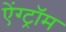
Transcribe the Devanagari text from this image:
ऐंग्ट्रॉम